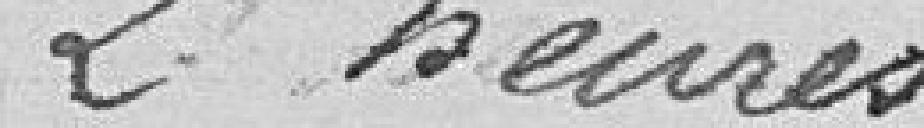
2 heures